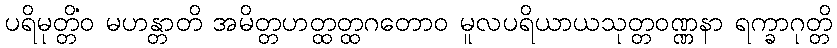
ပရိမုတ္တိံဝ မဟန္တာတိ အမိတ္တဟတ္ထတ္ထဂတောဝ မူလပရိယာယသုတ္တဝဏ္ဏနာ ရက္ခာဂုတ္တိ